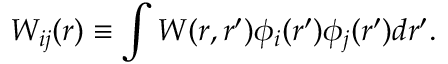
W _ { i j } ( r ) \equiv \int W ( r , r ^ { \prime } ) \phi _ { i } ( r ^ { \prime } ) \phi _ { j } ( r ^ { \prime } ) d r ^ { \prime } .